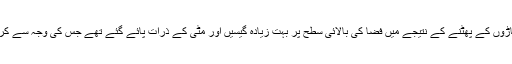
شدید طریقے سے ان آتش فشاں پہاڑوں کے پھٹنے کے نتیجے میں فضا کی بالائی سطح پر بہت زیادہ گیسیں اور مٹی کے ذرات پائے گئے تھے جس کی وجہ سے کرہ ارض کئی مہینوں تک ٹھنڈا رہا۔